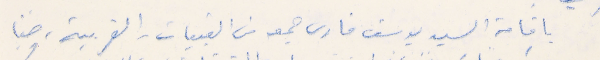
باقامة السيد يوسف فارس جمعه من القبيات الغربية ، وصيًا